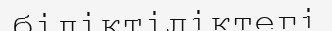
біліктіліктегі